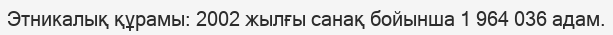
Этникалық құрамы: 2002 жылғы санақ бойынша 1 964 036 адам.